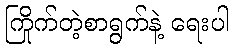
ကြိုက်တဲ့စာရွက်နဲ့ ရေးပါ